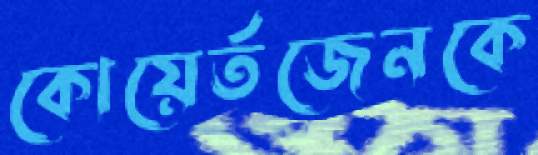
কোয়ের্তজেনকে